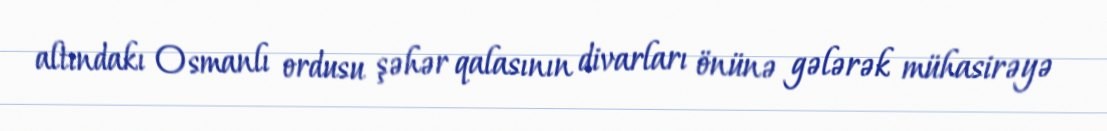
altındakı Osmanlı ordusu şəhər qalasının divarları önünə gələrək mühasirəyə